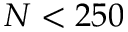
N < 2 5 0